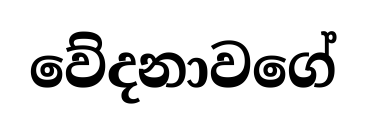
වේදනාවගේ